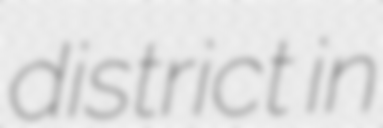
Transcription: district in